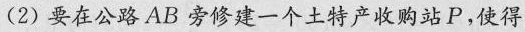
(2)要在公路AB旁修建一个土特产收购站P，使得